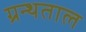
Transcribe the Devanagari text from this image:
ग्रन्थताल